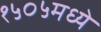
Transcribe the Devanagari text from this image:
१५०५मध्ये